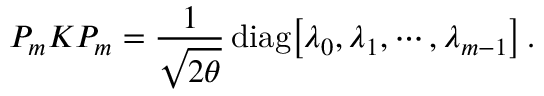
P _ { m } K P _ { m } = { \frac { 1 } { \sqrt { 2 \theta } } } \, \mathrm { d i a g } \bigl [ \lambda _ { 0 } , \lambda _ { 1 } , \cdots , \lambda _ { m - 1 } \bigr ] \, .